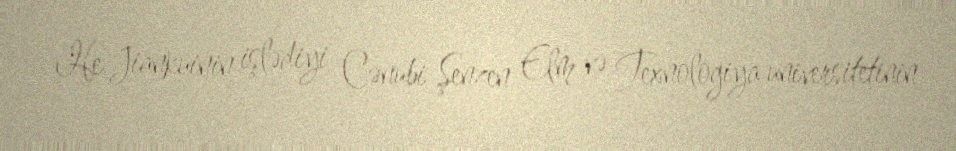
He Jiankuinin işlədiyi Cənubi Şenzen Elm və Texnologiya universitetinin